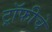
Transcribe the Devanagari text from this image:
ट्रॉफीचे